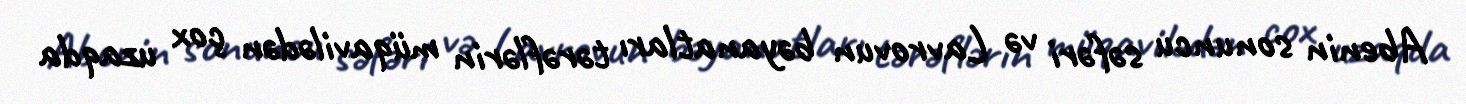
Abenin sonuncu səfəri və Lavrovun bəyanatları tərəflərin müqavilədən çox uzaqda